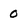
Character: 0